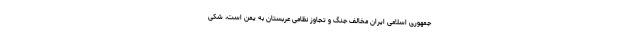
جمهوری اسلامی ایران مخالف جنگ و تجاوز نظامی عربستان به یمن است، شکی